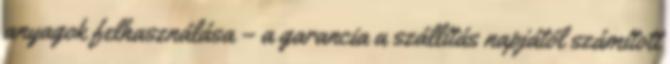
anyagok felhasználása – a garancia a szállítás napjától számított